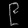
Digit: ၉